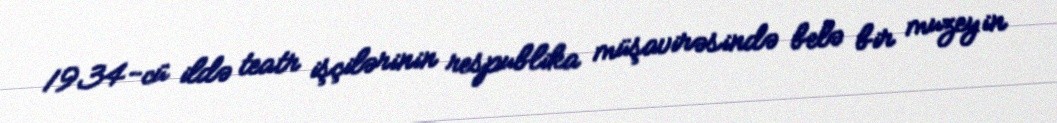
1934-cü ildə teatr işçilərinin respublika müşavirəsində belə bir muzeyin